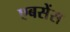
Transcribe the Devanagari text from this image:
एबसेंस